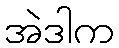
အဲဒါက